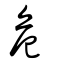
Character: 危